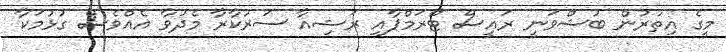
މީގެ އިތުރުން ބުޝްވަނީ ރައީސް ޓްރަމްޕާއި ރަޝިއާ ސަރުކާރާ މެދުވާ އެއްވެސް ގުޅުމަކާ